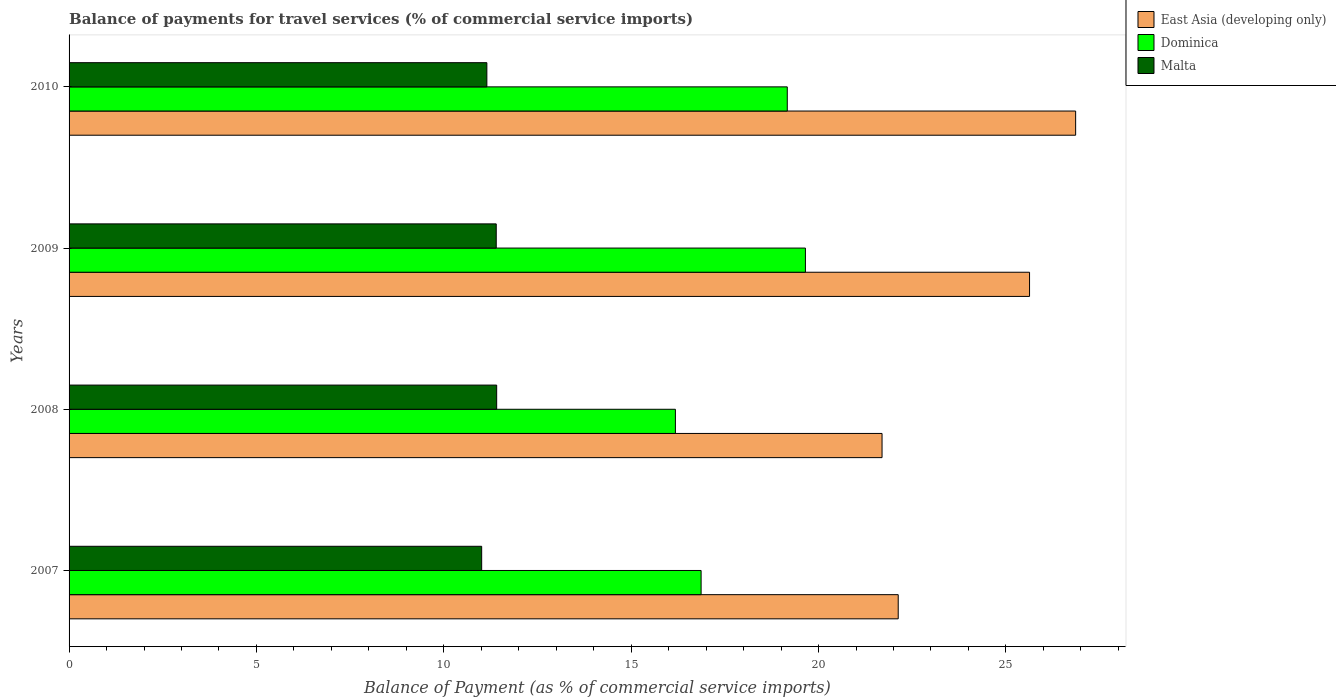
| Years | East Asia (developing only) | Dominica | Malta |
 | --- | --- | --- | --- |
 | 2007 | 22.1 | 16.9 | 11 |
 | 2008 | 21.7 | 16.2 | 11.4 |
 | 2009 | 25.6 | 19.6 | 11.4 |
 | 2010 | 26.9 | 19.2 | 11.1 |